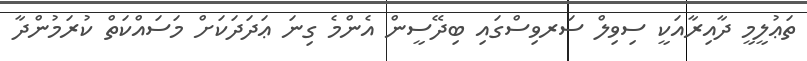
ތަޢުލީމީ ދާއިރާއަކީ ސިވިލް ސަރވިސްގައި ބިދޭސީން އެންމެ ގިނަ ޢަދަދަކަށް މަސައްކަތް ކުރަމުންދާ